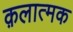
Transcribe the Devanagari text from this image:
क़लात्मक